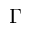
\Gamma